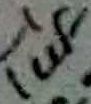
Text: 1uF